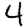
Digit: 4